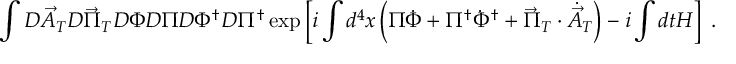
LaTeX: \int { \cal D } { \vec { A } } _ { T } { \cal D } { \vec { \Pi } } _ { T } { \cal D } \Phi { \cal D } \Pi { \cal D } \Phi ^ { \dagger } { \cal D } \Pi ^ { \dagger } \exp \left[ i \int d ^ { 4 } x \left( \Pi \dot { \Phi } + \Pi ^ { \dagger } \dot { \Phi } ^ { \dagger } + { \vec { \Pi } } _ { T } \cdot \dot { { \vec { A } } } _ { T } \right) - i \int d t H \right] ~ .